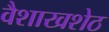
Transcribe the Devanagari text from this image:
वैशाखशेठ